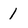
Character: 1